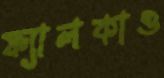
ফ্যালকাও